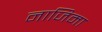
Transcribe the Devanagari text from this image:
नाजिमा